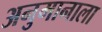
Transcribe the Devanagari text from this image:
अनुमानाला